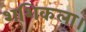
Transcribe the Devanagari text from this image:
शशिकला।